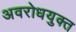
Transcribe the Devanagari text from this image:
अवरोधयुक्त